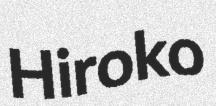
Hiroko